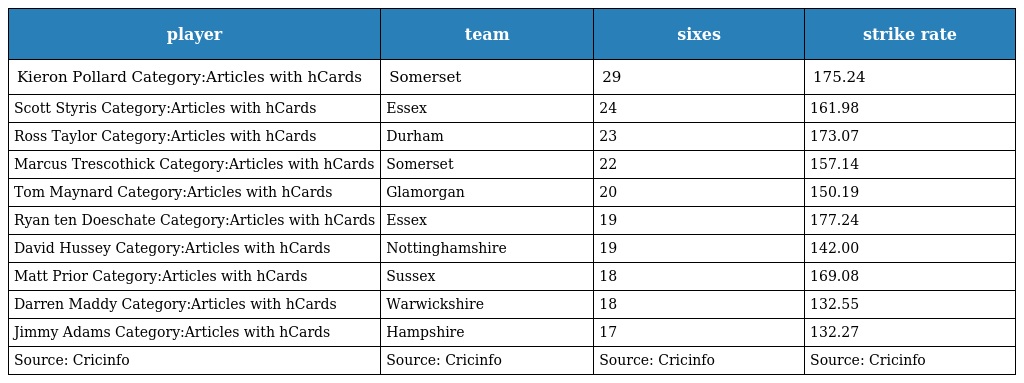
| player | team | sixes | strike rate |
 | --- | --- | --- | --- |
 | Kieron Pollard Category:Articles with hCards | Somerset | 29 | 175.24 |
 | Scott Styris Category:Articles with hCards | Essex | 24 | 161.98 |
 | Ross Taylor Category:Articles with hCards | Durham | 23 | 173.07 |
 | Marcus Trescothick Category:Articles with hCards | Somerset | 22 | 157.14 |
 | Tom Maynard Category:Articles with hCards | Glamorgan | 20 | 150.19 |
 | Ryan ten Doeschate Category:Articles with hCards | Essex | 19 | 177.24 |
 | David Hussey Category:Articles with hCards | Nottinghamshire | 19 | 142.00 |
 | Matt Prior Category:Articles with hCards | Sussex | 18 | 169.08 |
 | Darren Maddy Category:Articles with hCards | Warwickshire | 18 | 132.55 |
 | Jimmy Adams Category:Articles with hCards | Hampshire | 17 | 132.27 |
 | Source: Cricinfo | Source: Cricinfo | Source: Cricinfo | Source: Cricinfo |